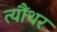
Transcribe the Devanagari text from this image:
त्यौंथर